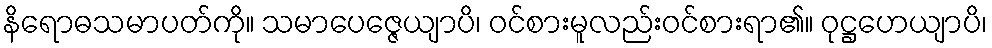
နိရောဓသမာပတ်ကို။ သမာပေဇ္ဇေယျာပိ၊ ဝင်စားမူလည်းဝင်စားရာ၏။ ဝုဋ္ဌဟေယျာပိ၊